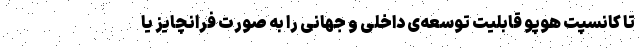
تا کانسپت هوپو قابلیت توسعه‌ی داخلی و جهانی را به صورت فرانچایز یا